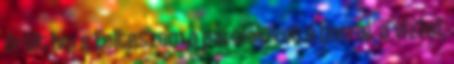
őrölt bors Felteszem a párolólevet a borral, a vízzel,